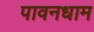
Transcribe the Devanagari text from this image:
पावनधाम